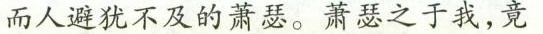
而人避犹不及的萧瑟。萧瑟之于我，竟